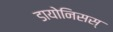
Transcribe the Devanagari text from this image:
डायोनिसस्